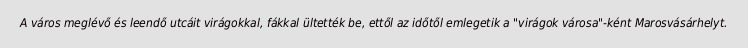
A város meglévő és leendő utcáit virágokkal, fákkal ültették be, ettől az időtől emlegetik a "virágok városa"-ként Marosvásárhelyt.